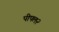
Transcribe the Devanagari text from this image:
पीपल२